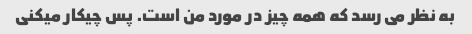
به نظر می رسد که همه چیز در مورد من است. پس چیکار میکنی